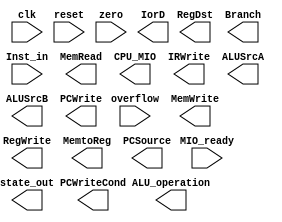
`timescale 1ns / 1ps
//////////////////////////////////////////////////////////////////////////////////
// Company: 
// Engineer: 
// 
// Design Name: 
// Module Name:    ctrl 
// Project Name: 
// Target Devices: 
// Tool versions: 
// Description: 
//
// Dependencies: 
//
// Revision: 
// Revision 0.01 - File Created
// Additional Comments: 
//  
//////////////////////////////////////////////////////////////////////////////////
module ctrl(input  clk,
				input  reset,
				input  [31:0] Inst_in,
				input  zero,
				input  overflow,
				input  MIO_ready,
				output reg MemRead,
				output reg MemWrite,
				output reg[2:0]ALU_operation,
				output [4:0]state_out,
				
				output reg CPU_MIO,
				output reg IorD,
				output reg IRWrite,
				output reg [1:0]RegDst,
				output reg RegWrite,
				output reg [1:0]MemtoReg,
				output reg ALUSrcA,
				output reg [1:0]ALUSrcB,
				output reg [1:0]PCSource,
				output reg PCWrite,
				output reg PCWriteCond,
				output reg Branch
				);
				
				
endmodule